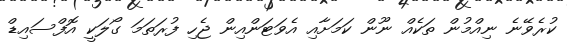
ކުރެވޭނެ ނިއްމުން ތަކެއް ނޫން ކަމަށާއި އެވަޓަންއިން ޖެހި ފުރަތަމަ ގޯލަކީ އޮފްސައިޑް